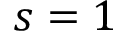
s = 1